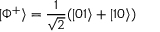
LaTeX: | \Phi ^ { + } \rangle = { \frac { 1 } { \sqrt { 2 } } } ( | 0 1 \rangle + | 1 0 \rangle )